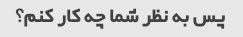
پس به نظر شما چه کار کنم؟